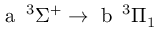
\textrm { a } \, ^ { 3 } \Sigma ^ { + } \rightarrow \textrm { b } \, ^ { 3 } \Pi _ { 1 }